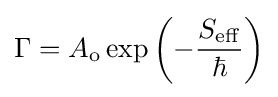
\Gamma =A_{\mathrm {o} }\exp \left(-{\frac {S_{\mathrm {eff} }}{\hbar }}\right)